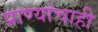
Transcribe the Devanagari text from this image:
प्राण्यांचाही